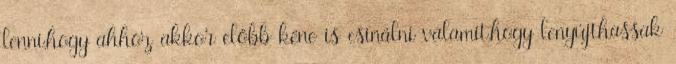
lenni,hogy ahhoz akkor előbb kéne is csinálni valamit,hogy lenyújthassak